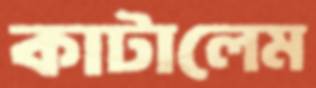
কাটালেম